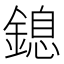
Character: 鎴